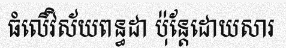
ធំលើវិស័យពន្ធដា ប៉ុន្តែដោយសារ